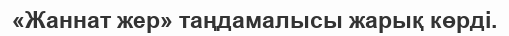
«Жаннат жер» таңдамалысы жарық көрді.